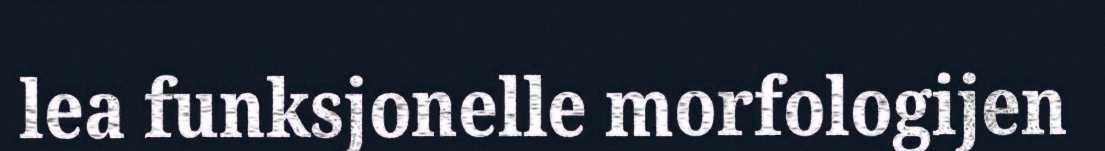
lea funksjonelle morfologijen